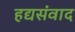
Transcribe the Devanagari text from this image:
हद्यसंवाद